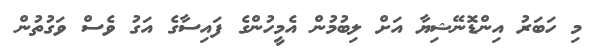
މި ހަބަރު އިންޑޮނޭޝިޔާ އަށް ލިބުމުން އެމީހުންގެ ފައިސާގެ އަގު ވެސް ވަގުތުން